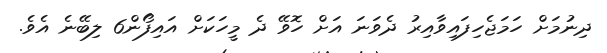
ދިނުމަށް ހަމަޖެހިފައިވާއިރު ދެވަނަ އަށް ހޮވޭ ދެ މީހަކަށް އައިފޯން6 ލިބޭނެ އެވެ.